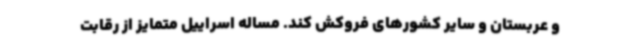
و عربستان و سایر کشورهای فروکش کند. مساله اسراییل متمایز از رقابت